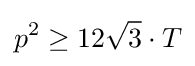
p^{2}\geq 12{\sqrt {3}}\cdot T